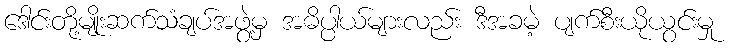
ဒေါင်းတို့မျိုးဆက်သံချပ်အဖွဲ့မှ အဓိပ္ပါယ်များလည်း ဒီအခမဲ့ ပျက်စီးယိုယွင်းမှု